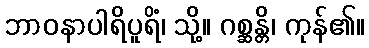
ဘာဝနာပါရိပူရိံ၊ သို့။ ဂစ္ဆန္တိ၊ ကုန်၏။